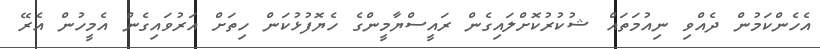
އެހެންކަމުން ދެއްވި ނިއުމަތައް ޝުކުރުކޮށްލައިގެން ރައީސްޔާމީންގެ ހެޔޮފުޅުކަން ހިތަށް އަރުވައިގެން އެމީހުން އެރޭ